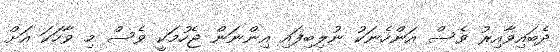
ދެބައިވާއިރު ވެސް އަންހެނަކު ނުލިބިފައި އިންނަން ޖެހުމަކީ ވެސް މި ވާހަކަ އަށް